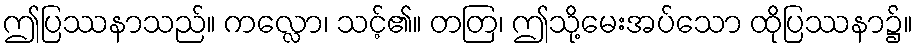
ဤပြဿနာသည်။ ကလ္လော၊ သင့်၏။ တတြ၊ ဤသို့မေးအပ်သော ထိုပြဿနာ၌။